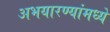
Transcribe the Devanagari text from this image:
अभयारण्यांमध्ये